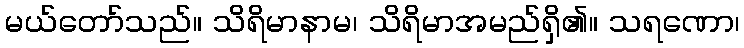
မယ်တော်သည်။ သိရိမာနာမ၊ သိရိမာအမည်ရှိ၏။ သရဏော၊